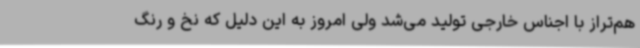
هم‌تراز با اجناس خارجی تولید می‌شد ولی امروز به این دلیل که نخ و رنگ